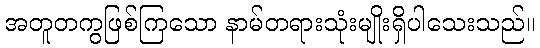
အတူတကွဖြစ်ကြသော နာမ်တရားသုံးမျိုးရှိပါသေးသည်။